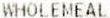
WHOLEMEAL